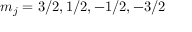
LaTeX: m _ { j } = 3 / 2 , 1 / 2 , - 1 / 2 , - 3 / 2